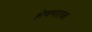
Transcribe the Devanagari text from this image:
श्लेषमातक